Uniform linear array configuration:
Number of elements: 4
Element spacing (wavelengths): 0.75
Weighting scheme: binomial
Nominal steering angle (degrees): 0
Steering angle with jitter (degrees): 1.859
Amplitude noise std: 0.05
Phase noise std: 0.05

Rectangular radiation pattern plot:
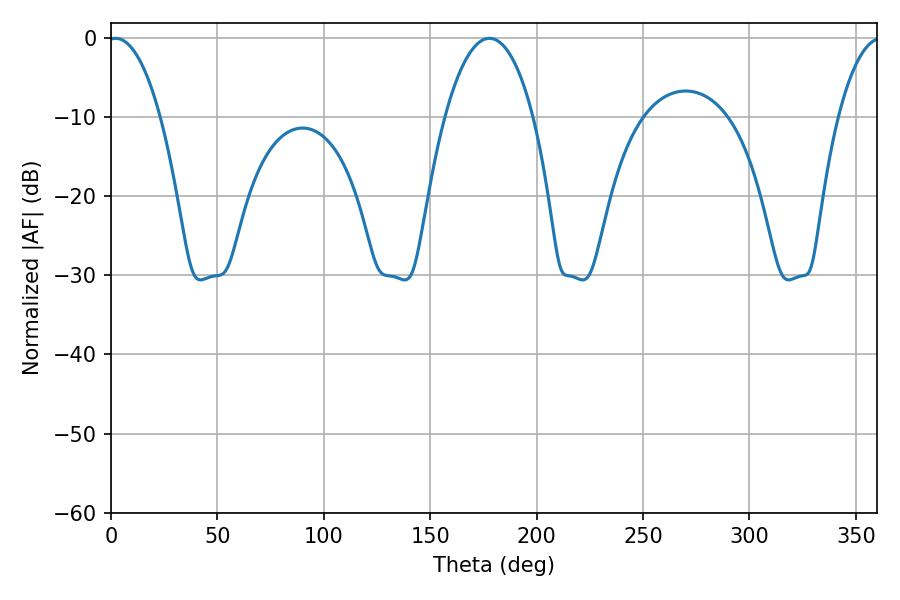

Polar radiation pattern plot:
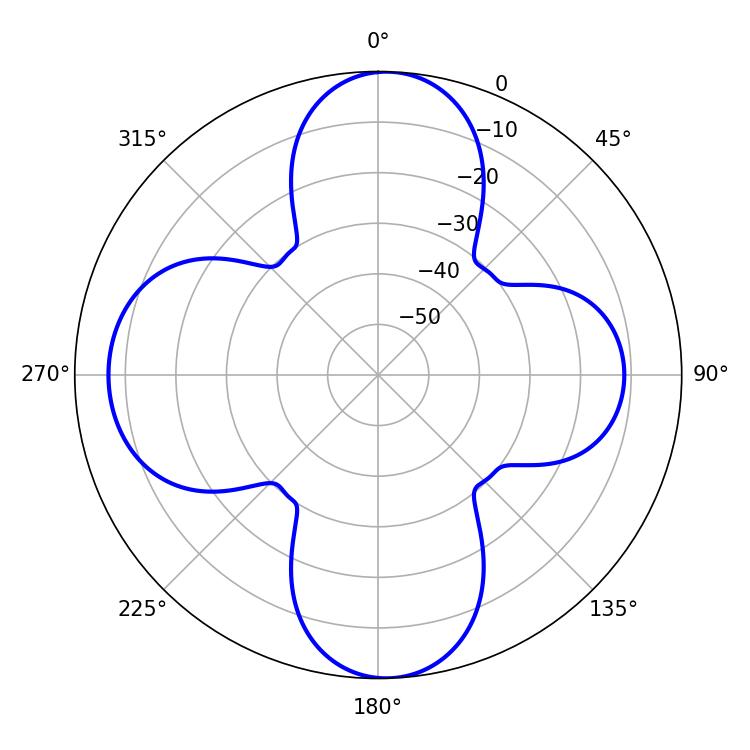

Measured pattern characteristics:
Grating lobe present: TRUE
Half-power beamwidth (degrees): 13.86
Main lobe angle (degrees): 2.16